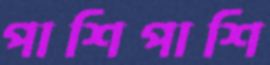
পাশিপাশি